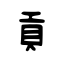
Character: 貢